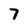
Character: 7